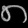
Digit: ၈